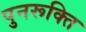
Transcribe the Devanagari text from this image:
पुनरूक्ति